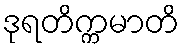
ဒုရတိက္ကမာတိ